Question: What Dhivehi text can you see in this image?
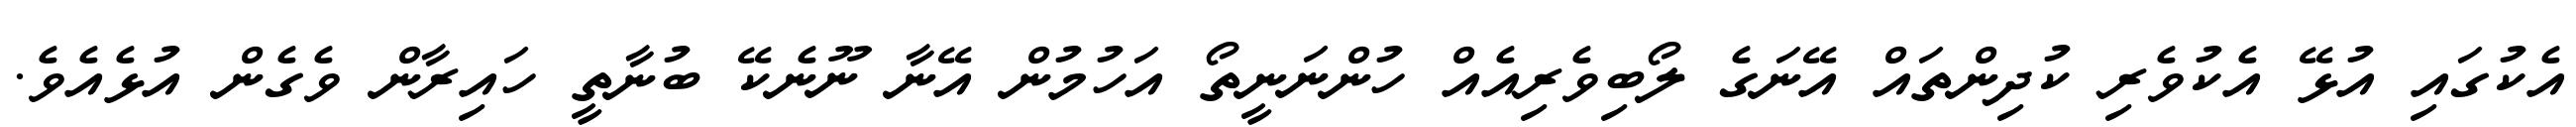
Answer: އެކުގައި އުޅޭ އެކުވެރި ކުދިންތައް އޭނަގެ ލޯބިވެރިއެއް ހުންނަނީތޯ އަހުމުން އޭނާ ނޫނެކޭ ބުނާތީ ހައިރާން ވެގެން އުޅެއެވެ.